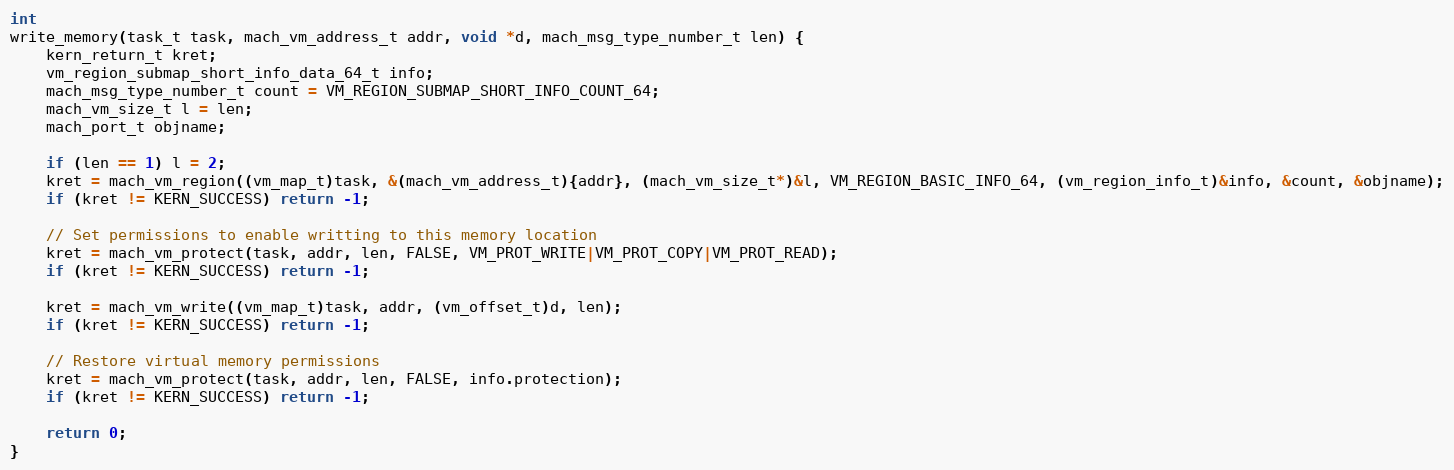
Language: C
int
write_memory(task_t task, mach_vm_address_t addr, void *d, mach_msg_type_number_t len) {
	kern_return_t kret;
	vm_region_submap_short_info_data_64_t info;
	mach_msg_type_number_t count = VM_REGION_SUBMAP_SHORT_INFO_COUNT_64;
	mach_vm_size_t l = len;
	mach_port_t objname;

	if (len == 1) l = 2;
	kret = mach_vm_region((vm_map_t)task, &(mach_vm_address_t){addr}, (mach_vm_size_t*)&l, VM_REGION_BASIC_INFO_64, (vm_region_info_t)&info, &count, &objname);
	if (kret != KERN_SUCCESS) return -1;

	// Set permissions to enable writting to this memory location
	kret = mach_vm_protect(task, addr, len, FALSE, VM_PROT_WRITE|VM_PROT_COPY|VM_PROT_READ);
	if (kret != KERN_SUCCESS) return -1;

	kret = mach_vm_write((vm_map_t)task, addr, (vm_offset_t)d, len);
	if (kret != KERN_SUCCESS) return -1;

	// Restore virtual memory permissions
	kret = mach_vm_protect(task, addr, len, FALSE, info.protection);
	if (kret != KERN_SUCCESS) return -1;

	return 0;
}